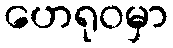
ဟေရုဝမှာ